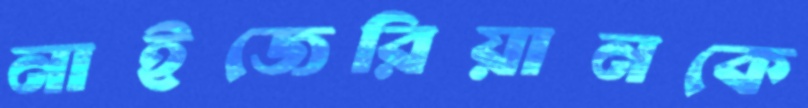
নাইজেরিয়ানকে